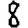
Digit: 8